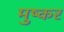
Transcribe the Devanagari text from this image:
मुष्कर